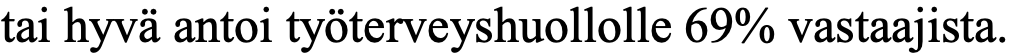
tai hyvä antoi työterveyshuollolle 69% vastaajista.